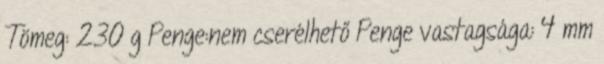
Tömeg: 230 g Penge:nem cserélhető Penge vastagsága: 4 mm